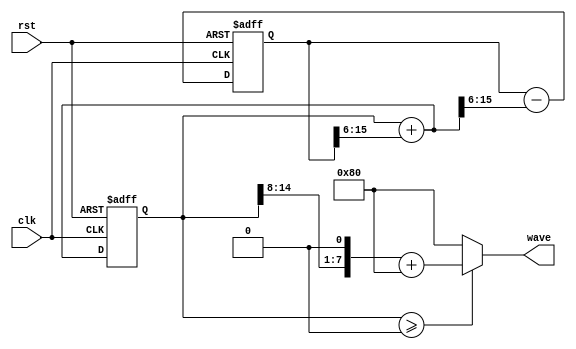
`timescale 1ns/1ns
module half_wave(clk, rst, wave);
   input clk, rst;
   output reg [7:0] wave;

	reg signed [15:0] sin,sin_t,cos,cos_t;
	always @(sin_t or cos_t)
		sin = sin_t + (cos_t>>>6);

		always @(sin or cos_t)
			cos = cos_t - (sin>>>6);

		always @(posedge clk, posedge rst) begin
			if (rst) begin
				sin_t <= 16'b0000000000000000;
				cos_t <= 16'b0111010100110000;
			end
			else begin
				sin_t <= sin;
				cos_t <= cos;
			end
		end
		

		always @(sin_t) begin 
			if (sin_t >= 0)
				wave = (sin_t[15:8]<<1) + 8'd128;
			else  
				wave = 8'd128;
		end

endmodule